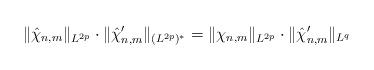
LaTeX: \begin{align*}\|\hat{\chi}_{n,m}\|_{L^{2p}}\cdot \|\hat\chi'_{n,m}\|_{(L^{2p})^*}= \|\chi_{n,m}\|_{L^{2p}}\cdot \|\hat\chi'_{n,m}\|_{L^q}\end{align*}